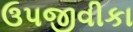
ઉપજીવીકા